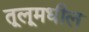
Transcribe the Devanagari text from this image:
तूलूमधील